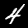
Label: 4